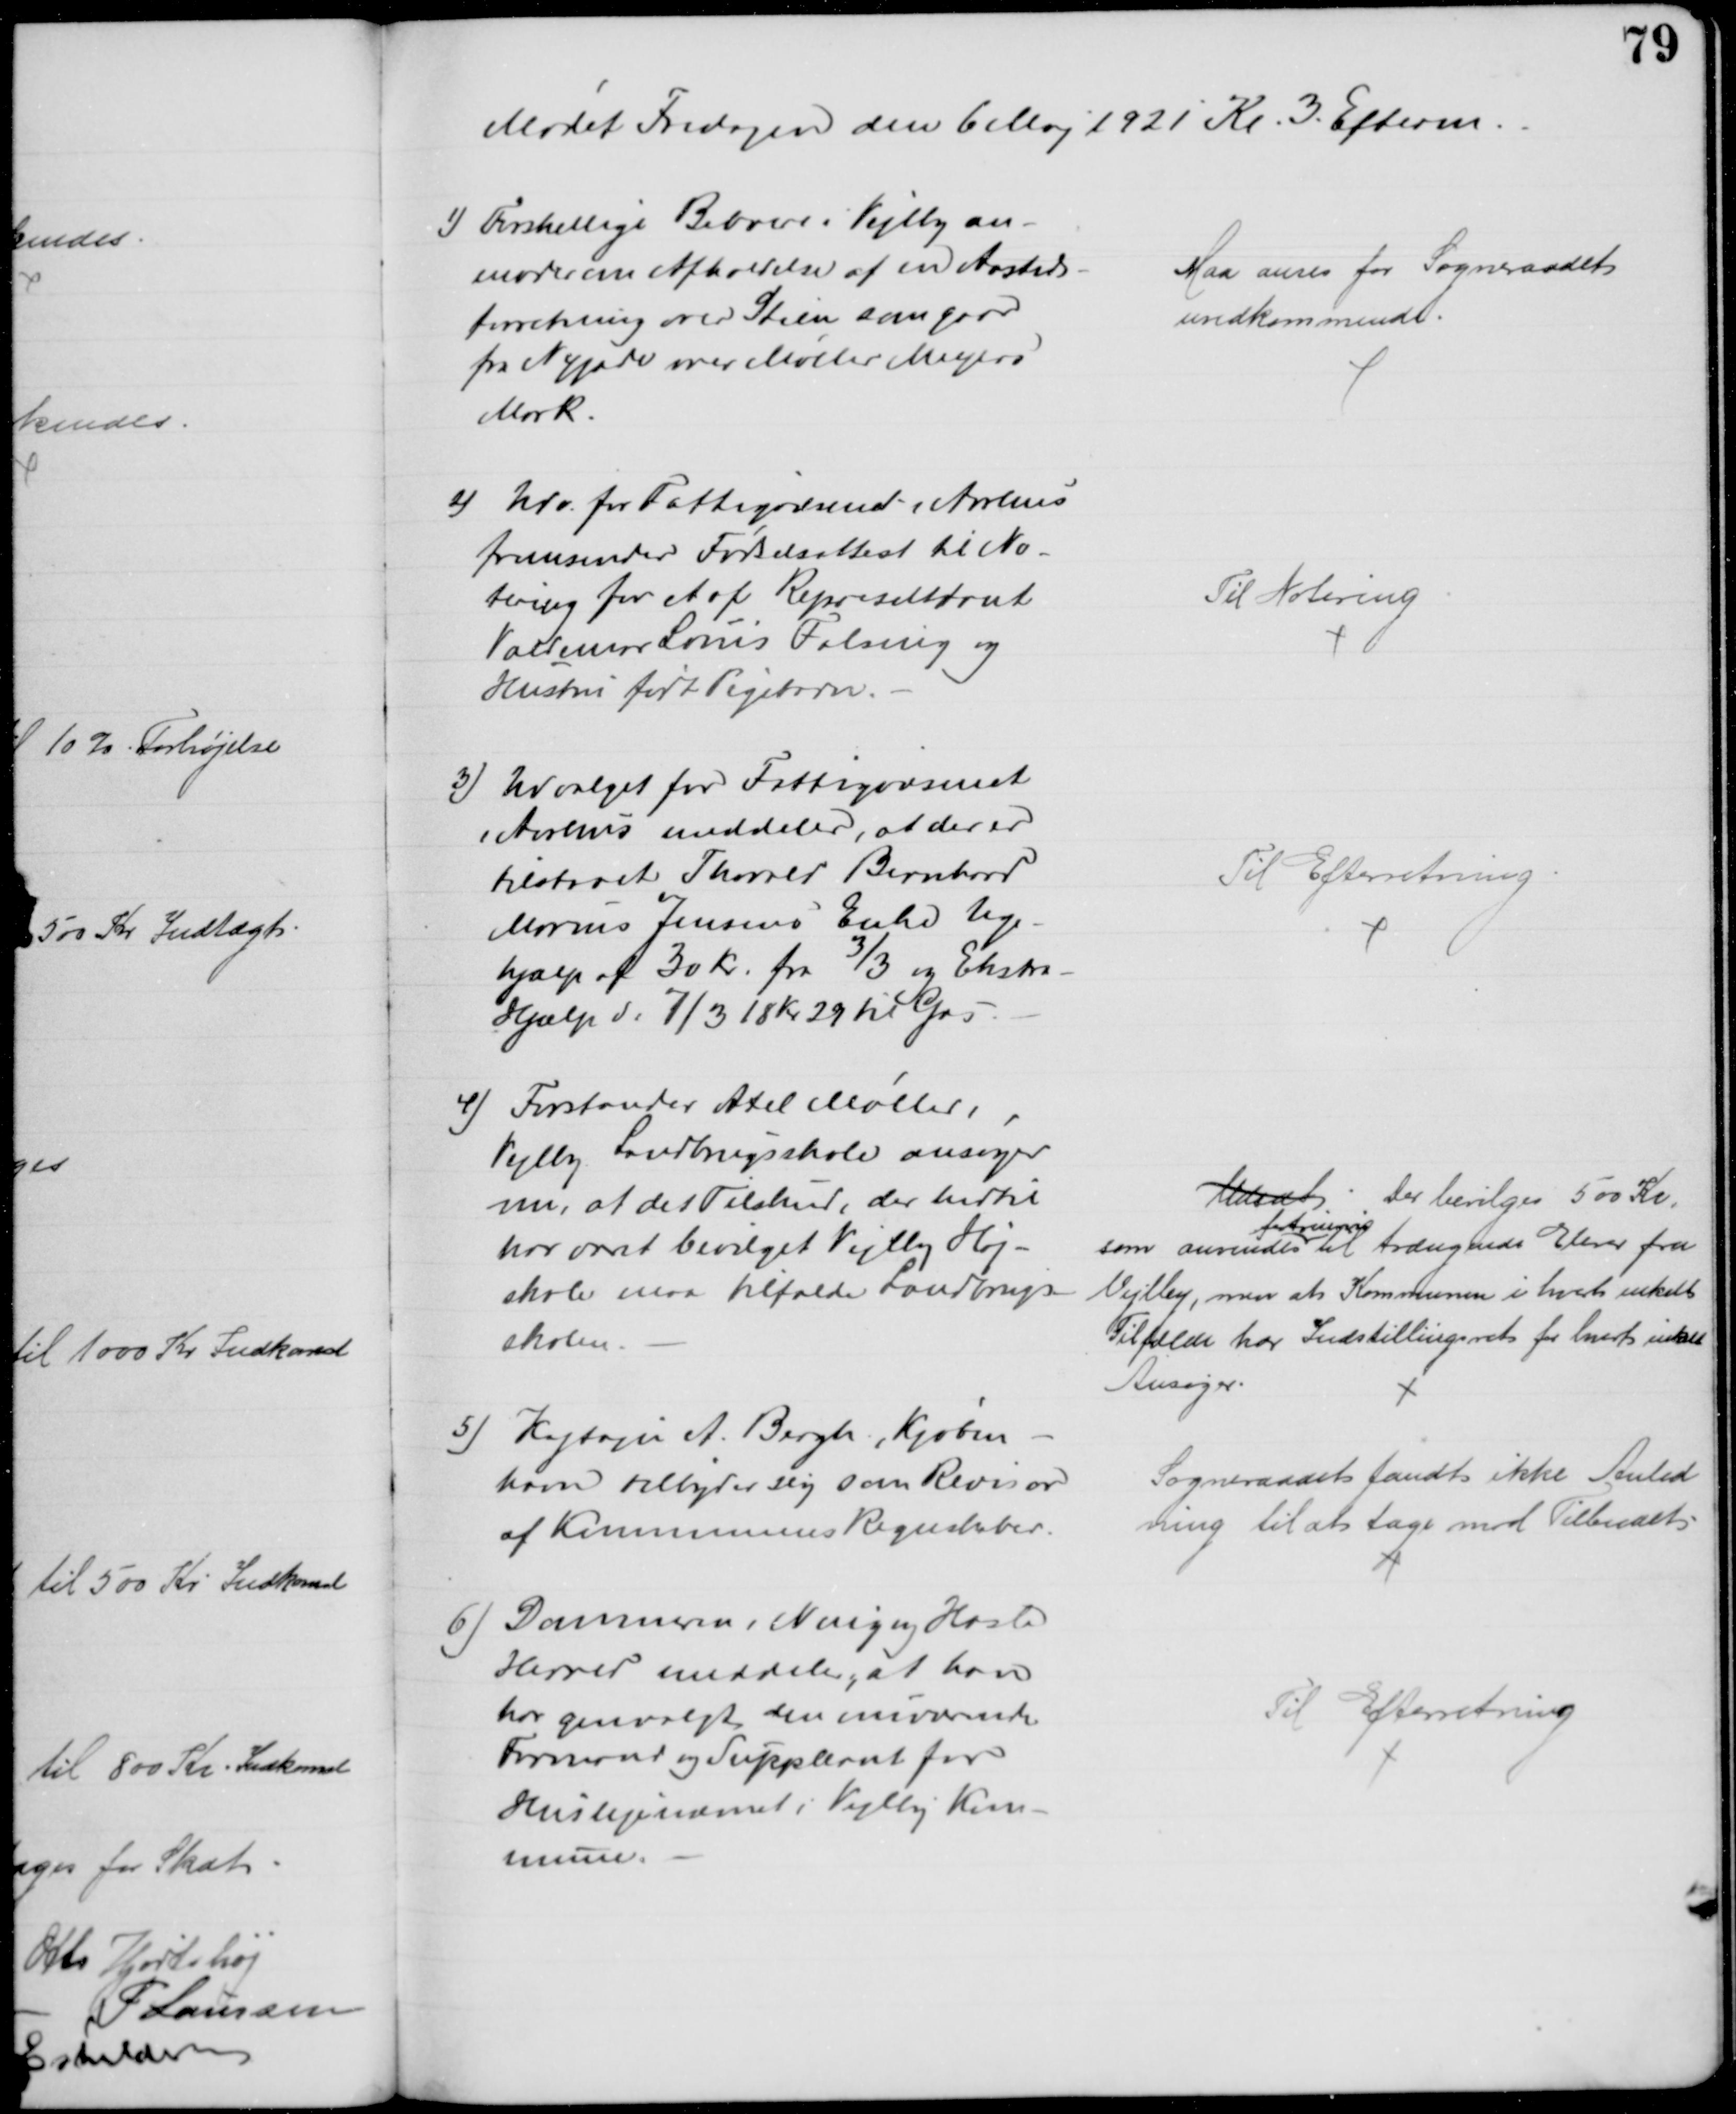
Transskription:
Mødet Fredagen den 6 Maj 1921 Kl. 3 Efterm.
1) Forskellige Beboere i Vejlby an-
moder om Afholdelse af en Aasteds-
forretning over Stien, som gaar
fra Nygade over Møller Meyers
Mark
Maa anses for Sogneraadet
uvedkommende.
2) Udv. for Fattigvæsenet i Aarhus
fremsender Fødselsattest til No-
tering for et af Representant
Valdemar Louis Falsing og
Hustru født Pigebarn.
Til Notering
3) Udvalget for Fattigvæsenet
i Aarhus meddeler, at der er
tilstaaet Thorvald Bernhard
Marius Jensens Enke Uge-
hjælp af 30 Kr. fra 3/3 og Ekstra-
Hjælp d: 7/3 18 Kr 29 til Gas.
Til Efterretning
4) Forstander Axel Møller,
Vejlby Landbrugsskole ansøger
om, at det Tilskud, der hidtil
har været bevilget Vejlby Høj-
skole maa tilfalde Landbrugs-
skolen.
Udsat. Der bevilges 500 Kr.
som anvendes 
fortrinsvis
til trængende Elever fra 
Vejlby, men at Kommunen i hvert enkelt
Tilfælde har Indstillingsret for hvert enkelt
Ansøger.
5) Kaptajn A. Bergh, Kjøben-
havn tilbyder sig som Revisor
af Kommunens Regnskaber.
Sogneraadet fandt ikke Anled
ning til at tage mod Tilbudet
6) Dommeren i Ning og Hasle
Herred meddeler, at han
har genvalgt den nuværende
Formand og Suppleant for
Huslejenævnet i Vejlby Kom-
mune.
Til Efterretning